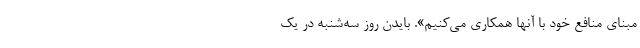
مبنای منافع خود با آنها همکاری می‌کنیم». بایدن روز سه‌شنبه در یک